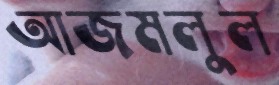
আজমলুল